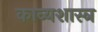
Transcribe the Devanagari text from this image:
काव्‍यशास्‍त्र